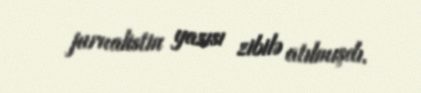
jurnalistin yazısı zibilə atılmışdı.